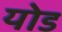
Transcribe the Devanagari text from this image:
योड